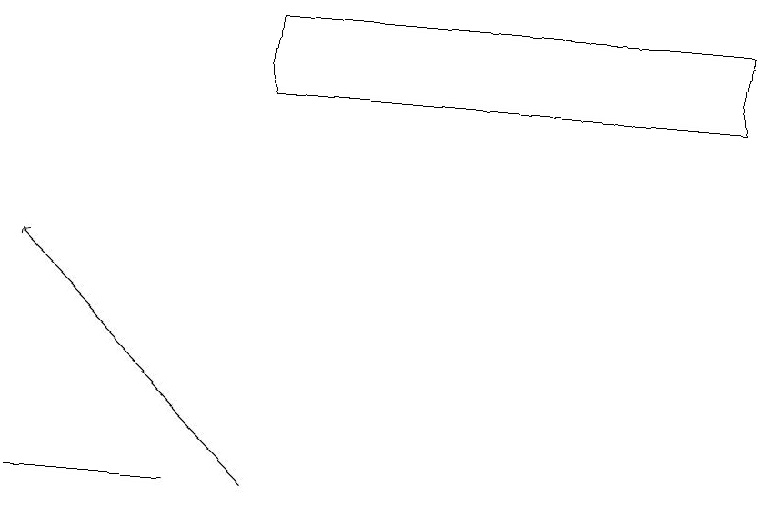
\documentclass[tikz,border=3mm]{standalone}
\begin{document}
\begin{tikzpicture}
\draw (0,12) rectangle (2,12);
\draw[->] (3,12) -- (0,15);
\draw (9,18) rectangle (3,17);
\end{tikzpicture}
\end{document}